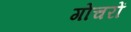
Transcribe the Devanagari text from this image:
गोचरों